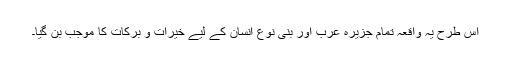
اس طرح یہ واقعہ تمام جزیرہ عرب اور بنی نوع انسان کے لیے خیرات و برکات کا موجب بن گیا۔